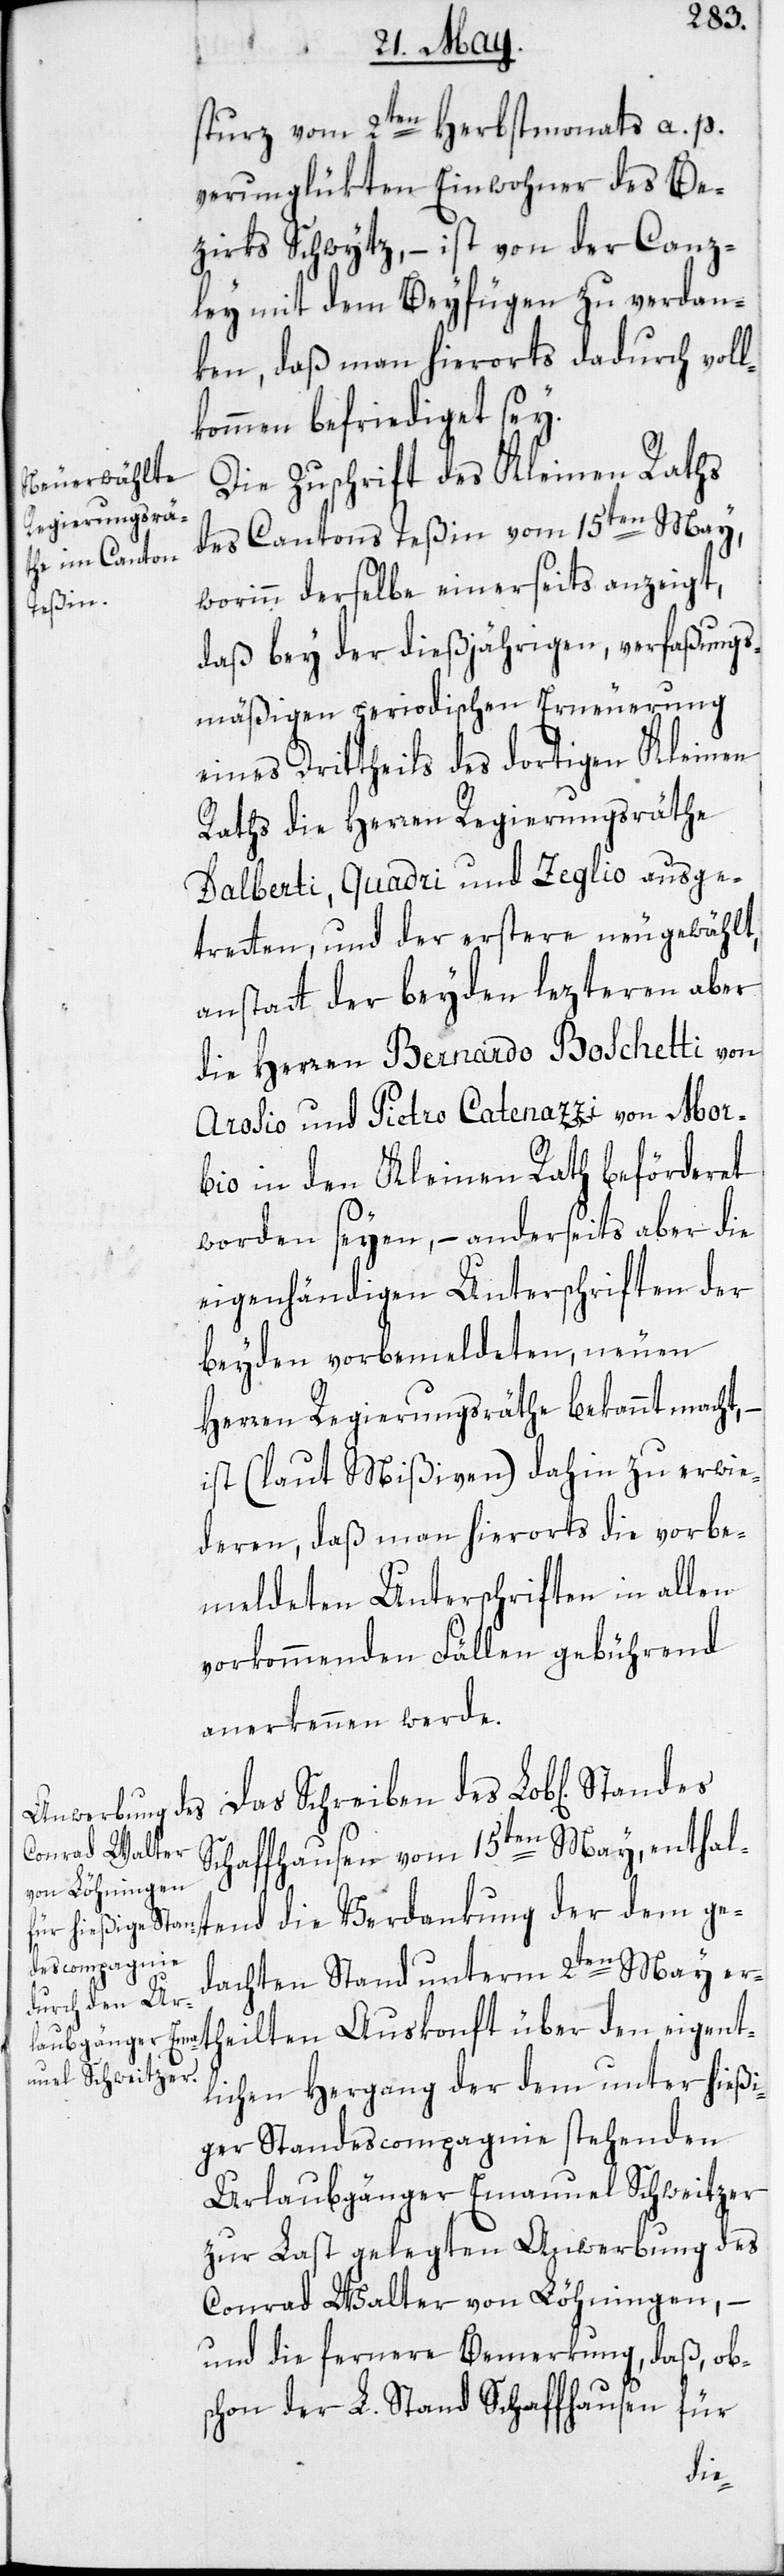
sturz vom 2ten Herbstmonats a. p.
verunglükten Einwohner des Be¬
zirks Schwytz, – ist von der Canz¬
ley mit dem Beyfügen zu verdan¬
ken, daß man hierorts dadurch voll¬
kommen befriediget sey.
Die Zuschrift des Kleinen Raths
des Cantons Teßin vom 15ten May,
worinn derselbe einerseits anzeigt,
daß bey der dießjährigen, verfaßungs¬
mäßigen periodischen Erneuerung
eines Drittheils des dortigen Kleinen
Raths die Herren Regierungsräthe
Dalberti, Quadri und Zeglio ausge¬
tretten, und der erstere neu gewählt,
anstatt der beyden lezteren aber
die Herren Bernardo Boschetti von
Arosio und Pietro Catenazzi von Mor¬
bio in den Kleinen Rath beförderet
worden seyen, – anderseits aber die
eigenhändigen Unterschriften der
beyden vorbemeldeten, neuen
Herren Regierungsräthe bekannt macht,
ist (laut Mißiven) dahin zu erwie¬
deren, daß man hierorts die vorbe¬
meldeten Unterschriften in allen
vorkommenden Fällen gebührend
anerkennen werde.
Das Schreiben des Lob[lichen]
Schaffhausen vom 15ten May, enthal¬
tend die Verdankung der dem ge¬
dachten Stand unterm 2ten May er¬
theilten Auskonft über den eigent¬
lichen Hergang der dem unter hießi¬
ger Standescompagnie stehenden
Urlaubgänger Emanuel Schweitzer
zur Last gelegten Anwerbung des
Conrad Walter von Löhningen, –
und die fernere Bemerkung, daß, ob¬
schon der L. Stand Schaffhausen
für